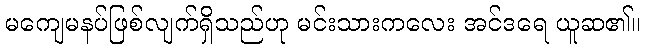
မကျေမနပ်ဖြစ်လျက်ရှိသည်ဟု မင်းသားကလေး အင်ဒရေ ယူဆ၏။